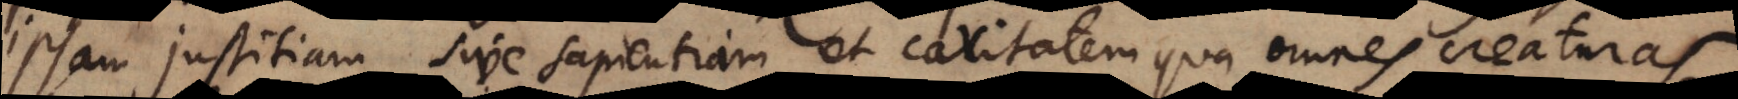
ipsam justitiam sive sapientiam et caritatem qua omnes creaturas